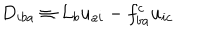
LaTeX: D _ { i b a } \equiv { \cal L } _ { b } u _ { a i } - f _ { b a } ^ { c } u _ { i c }